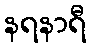
နရနာရီ